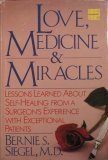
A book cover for Love, Medicine, and Miracles; Bernie S. Siegel; Health, Fitness & Dieting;